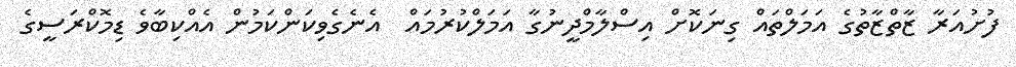
ފުށުއަރާ ޒާތްޒާތުގެ އަމަލްތައް ގިނަކޮށް އިސްލާމްދީނުގާ އަމަލްކުރުމައް  އެނެގެވިކަންކަމުން އެއްކިބާވެ ޑިމޮކްރަސީގެ